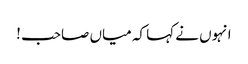
انہوں نے کہا کہ میاں صاحب !